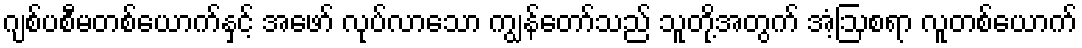
ဂျစ်ပစီမတစ်ယောက်နှင့် အဖော် လုပ်လာသော ကျွန်တော်သည် သူတို့အတွက် အံ့ဩစရာ လူတစ်ယောက်